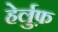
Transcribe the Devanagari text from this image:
हेर्लुफ़